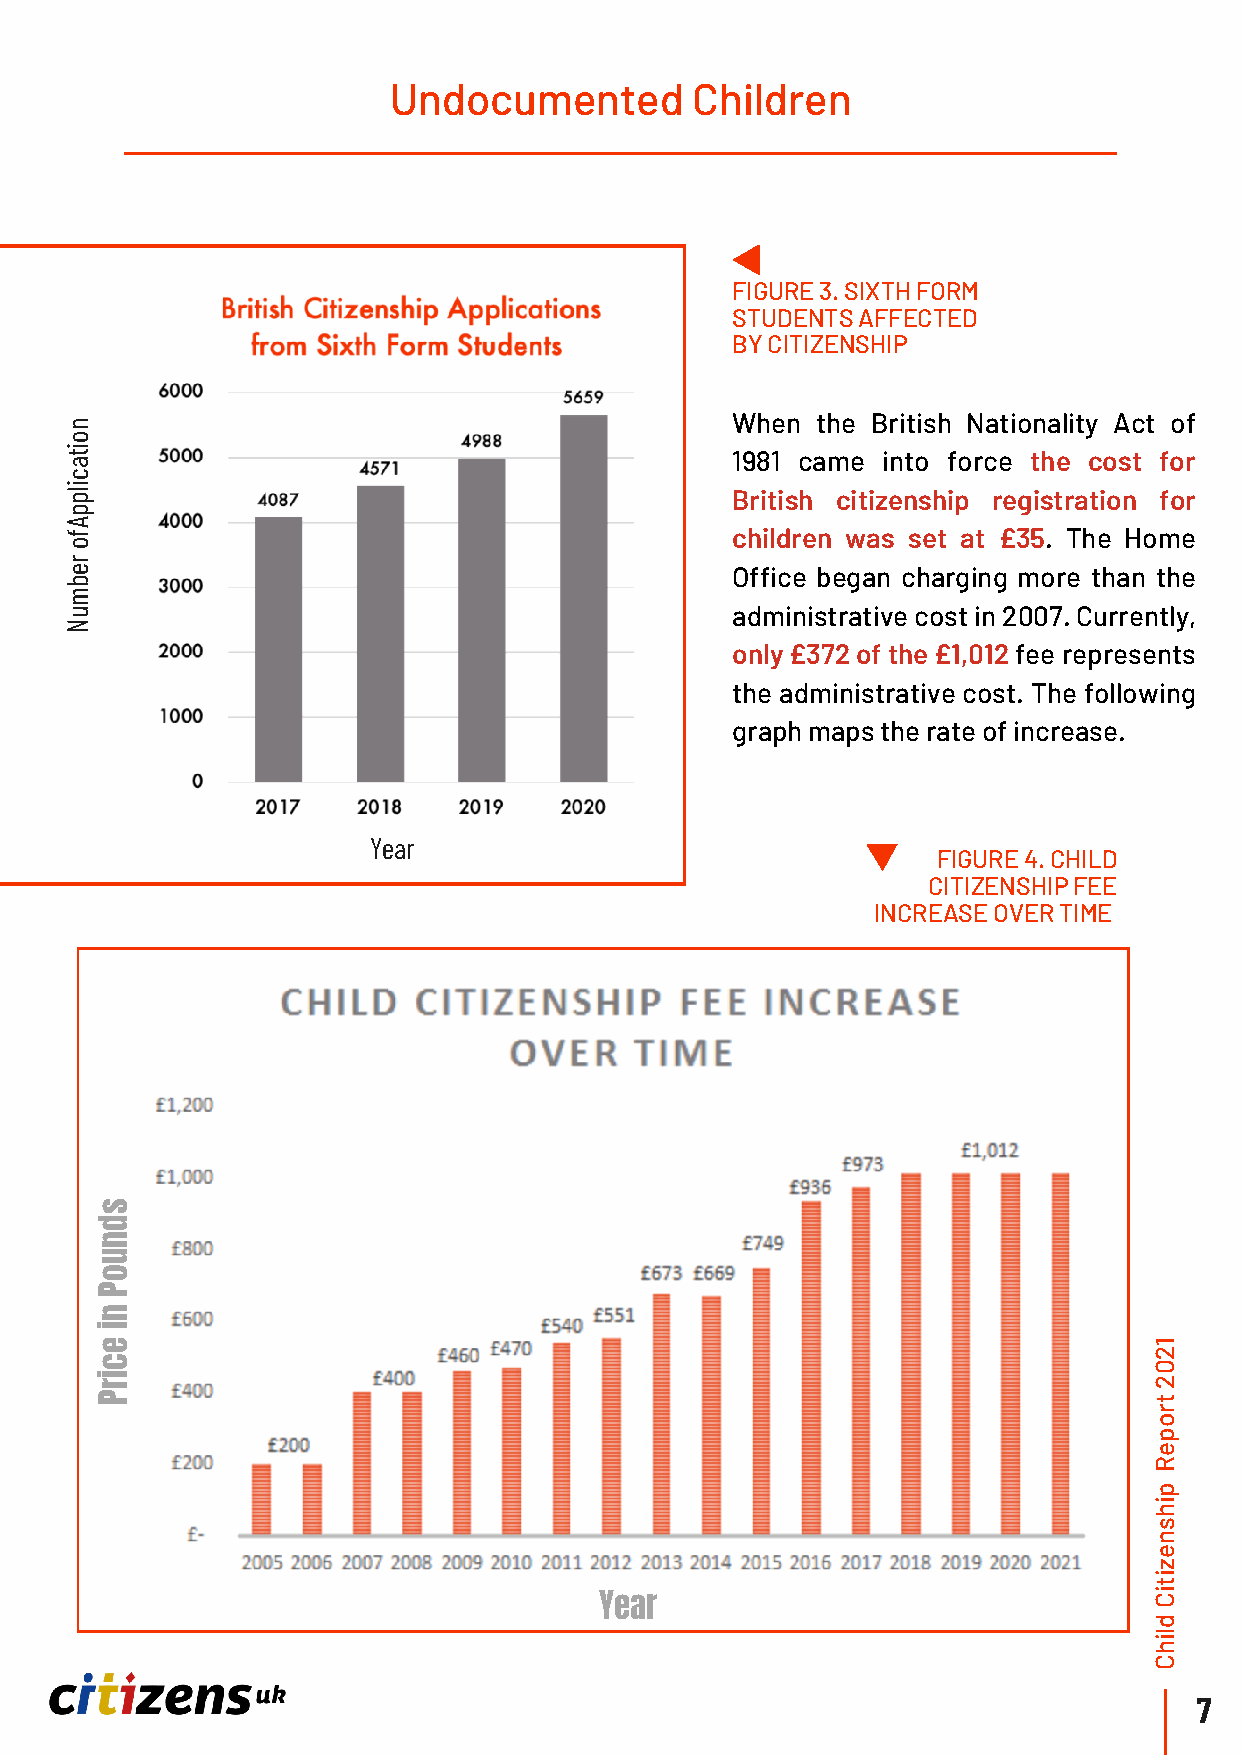
Undocumented        Children
 FIGURE 3. SIXTH FORM
 STUDENTS AFFECTED
 BY CITIZENSHIP
 n
 When  the British Nationality Act of
 o
 ti
 1981 came into force the cost for
 a
 c
 pli
 British citizenship registration for
 p
 A
 f                                           children was set at £35. The Home
 o
 r
 e                                           Office began charging more than the
 b
 m
 u                                           administrative cost in 2007. Currently,
 N
 only £372 of the £1,012 fee represents
 the administrative cost. The following
 graph maps the rate of increase.
 Year
 FIGURE 4. CHILD
 CITIZENSHIP FEE
 INCREASE OVER TIME
 s
 d
 n
 u
 o
 P
 n
 i
 e                                                                    1
 2
 c
 0
 ri                                                                   2
 P                                                                    t
 r
 o
 p
 e
 R
 p
 i
 h
 s
 n
 e
 z
 i
 t
 i
 Year                                C
 d
 il
 h
 C
 7